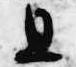
且